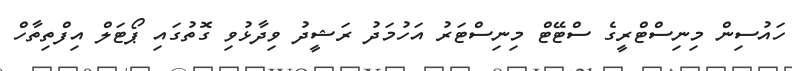
ހައުސިން މިނިސްޓްރީގެ ސްޓޭޓް މިނިސްޓަރު އަހުމަދު ރަޝީދު ވިދާޅުވި ގޮތުގައި ޕޯޓަލް އިފްތިތާހް